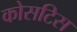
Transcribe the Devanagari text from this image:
कोसटिस